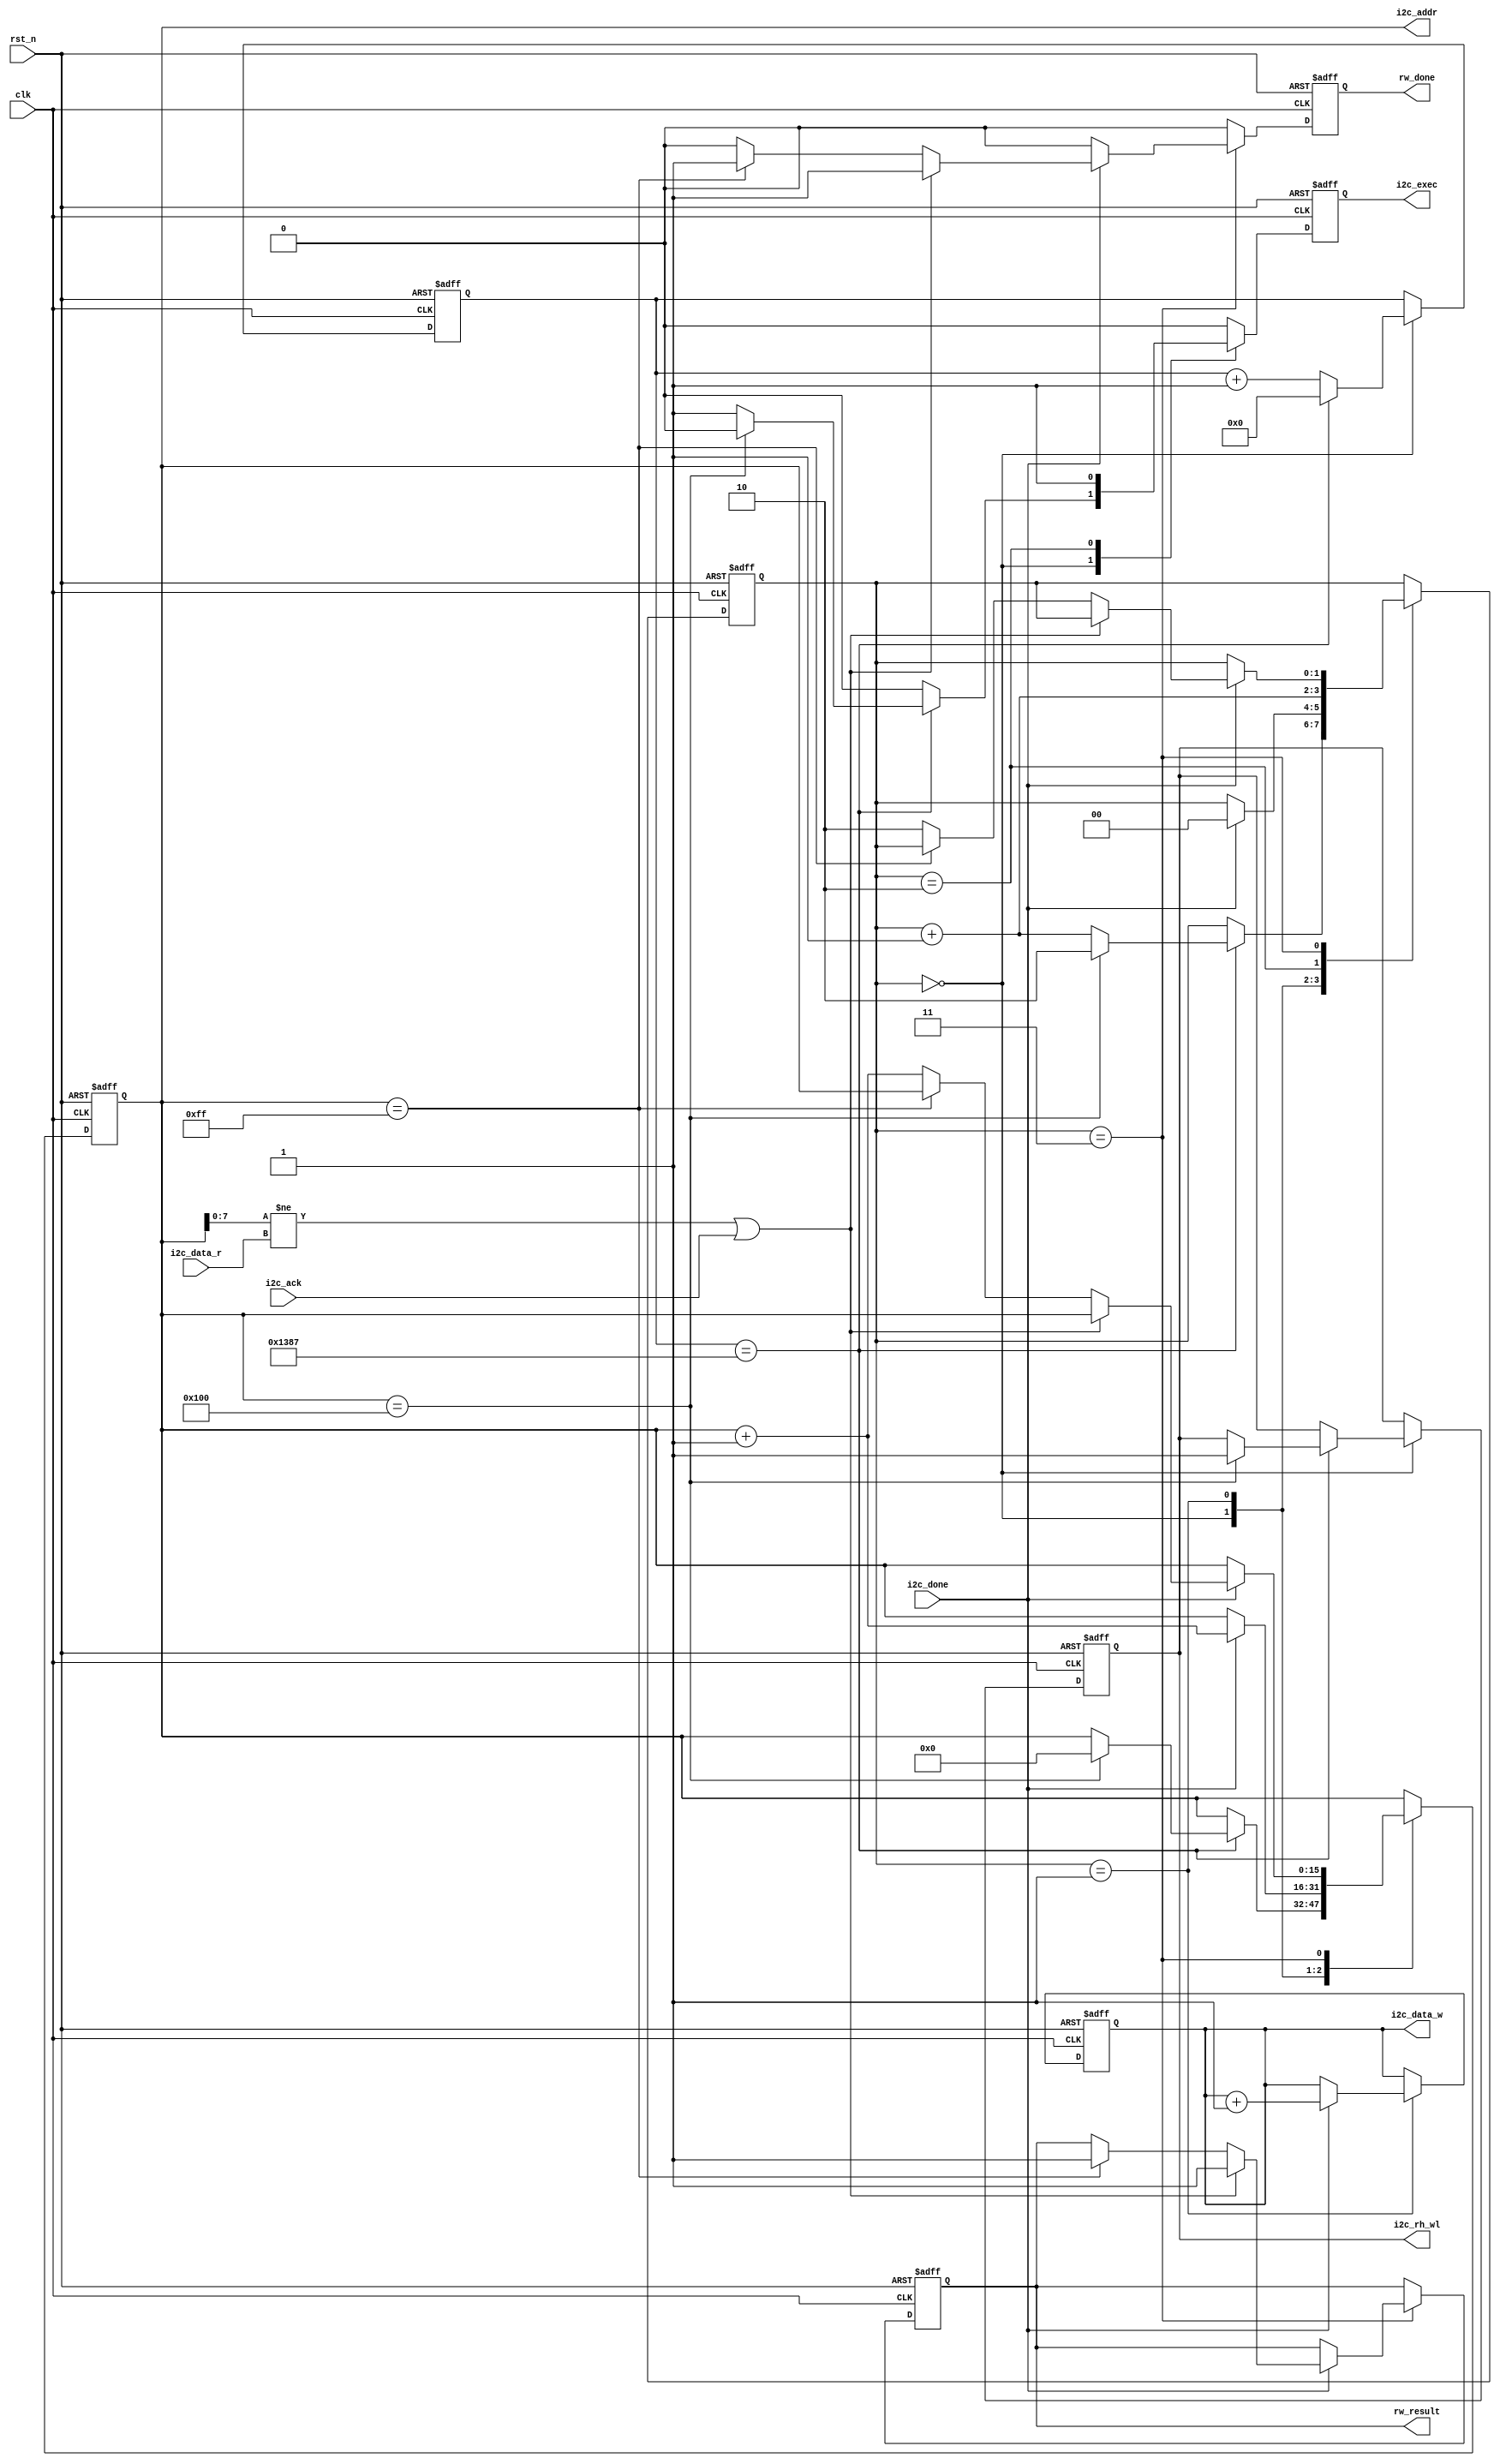
module e2prom_rw(
    // System Clock
    input        clk,
    input        rst_n,

    // User Interface
    output  reg         i2c_rh_wl,
    output  reg         i2c_exec,
    output  reg [15:0]  i2c_addr,
    output  reg [7:0]   i2c_data_w,
    input       [7:0]   i2c_data_r,
    input               i2c_done,
    input               i2c_ack,

    output reg          rw_done,        // e2prom 
    output reg          rw_result       // 
);

    // parameter define
    // e2prom 
    parameter WR_WAIT_TIME  = 14'd5000;
    parameter MAX_BYTE      = 16'd256;

    // reg define
    reg [1:0] flow_cnt; //  
    reg [13:0] wait_cnt;// 

    /*******************************************************************************
     *                                 Main Code
    *******************************************************************************/
    
    // EEPROM   
    always @(posedge clk or negedge rst_n ) begin
        if(!rst_n)begin
            flow_cnt <= 2'b0;
            i2c_rh_wl <= 1'b0;
            i2c_exec <= 1'b0;
            i2c_addr <= 16'b0;
            i2c_data_w <= 8'b0;
            wait_cnt <= 14'b0;
            rw_done <= 1'b0;
            rw_result <= 1'b0;
        end
        else begin
            i2c_exec <= 1'b0;
            rw_done <= 1'b0;
            case (flow_cnt)
                2'd0: begin
                    wait_cnt <= wait_cnt + 1'b1;
                    if (wait_cnt == WR_WAIT_TIME - 1'b1) begin
                        wait_cnt <= 1'b0;
                        if (i2c_addr == MAX_BYTE) begin
                            i2c_addr <= 16'b0;
                            i2c_rh_wl <= 1'b1;
                            flow_cnt <= 2'd2;
                        end
                        else begin
                            flow_cnt <= flow_cnt + 1'b1;
                            i2c_exec <= 1'b1;
                        end
                    end
                end 
                2'd1: begin
                    if (i2c_done) begin
                        flow_cnt <= 2'd0;
                        i2c_addr <= i2c_addr + 1'b1;
                        i2c_data_w <= i2c_data_w + 1'b1;
                    end
                end
                2'd2: begin
                    flow_cnt <= flow_cnt + 1'b1;
                    i2c_exec <= 1'b1;
                end
                2'd3: begin
                    if (i2c_done == 1'b1) begin
                        if ((i2c_addr[7:0] != i2c_data_r) || (i2c_ack == 1'b1)) begin
                            rw_done <= 1'b1;
                            rw_result <= 1'b1;
                        end
                        else if (i2c_addr == MAX_BYTE - 1'b1) begin
                            rw_done <= 1'b1;
                            rw_result <= 1'b1;
                        end
                        else begin
                            flow_cnt <= 2'd2;
                            i2c_addr <= i2c_addr + 1'b1;
                        end
                    end
                end
                default: ;
            endcase
        end
    end
endmodule